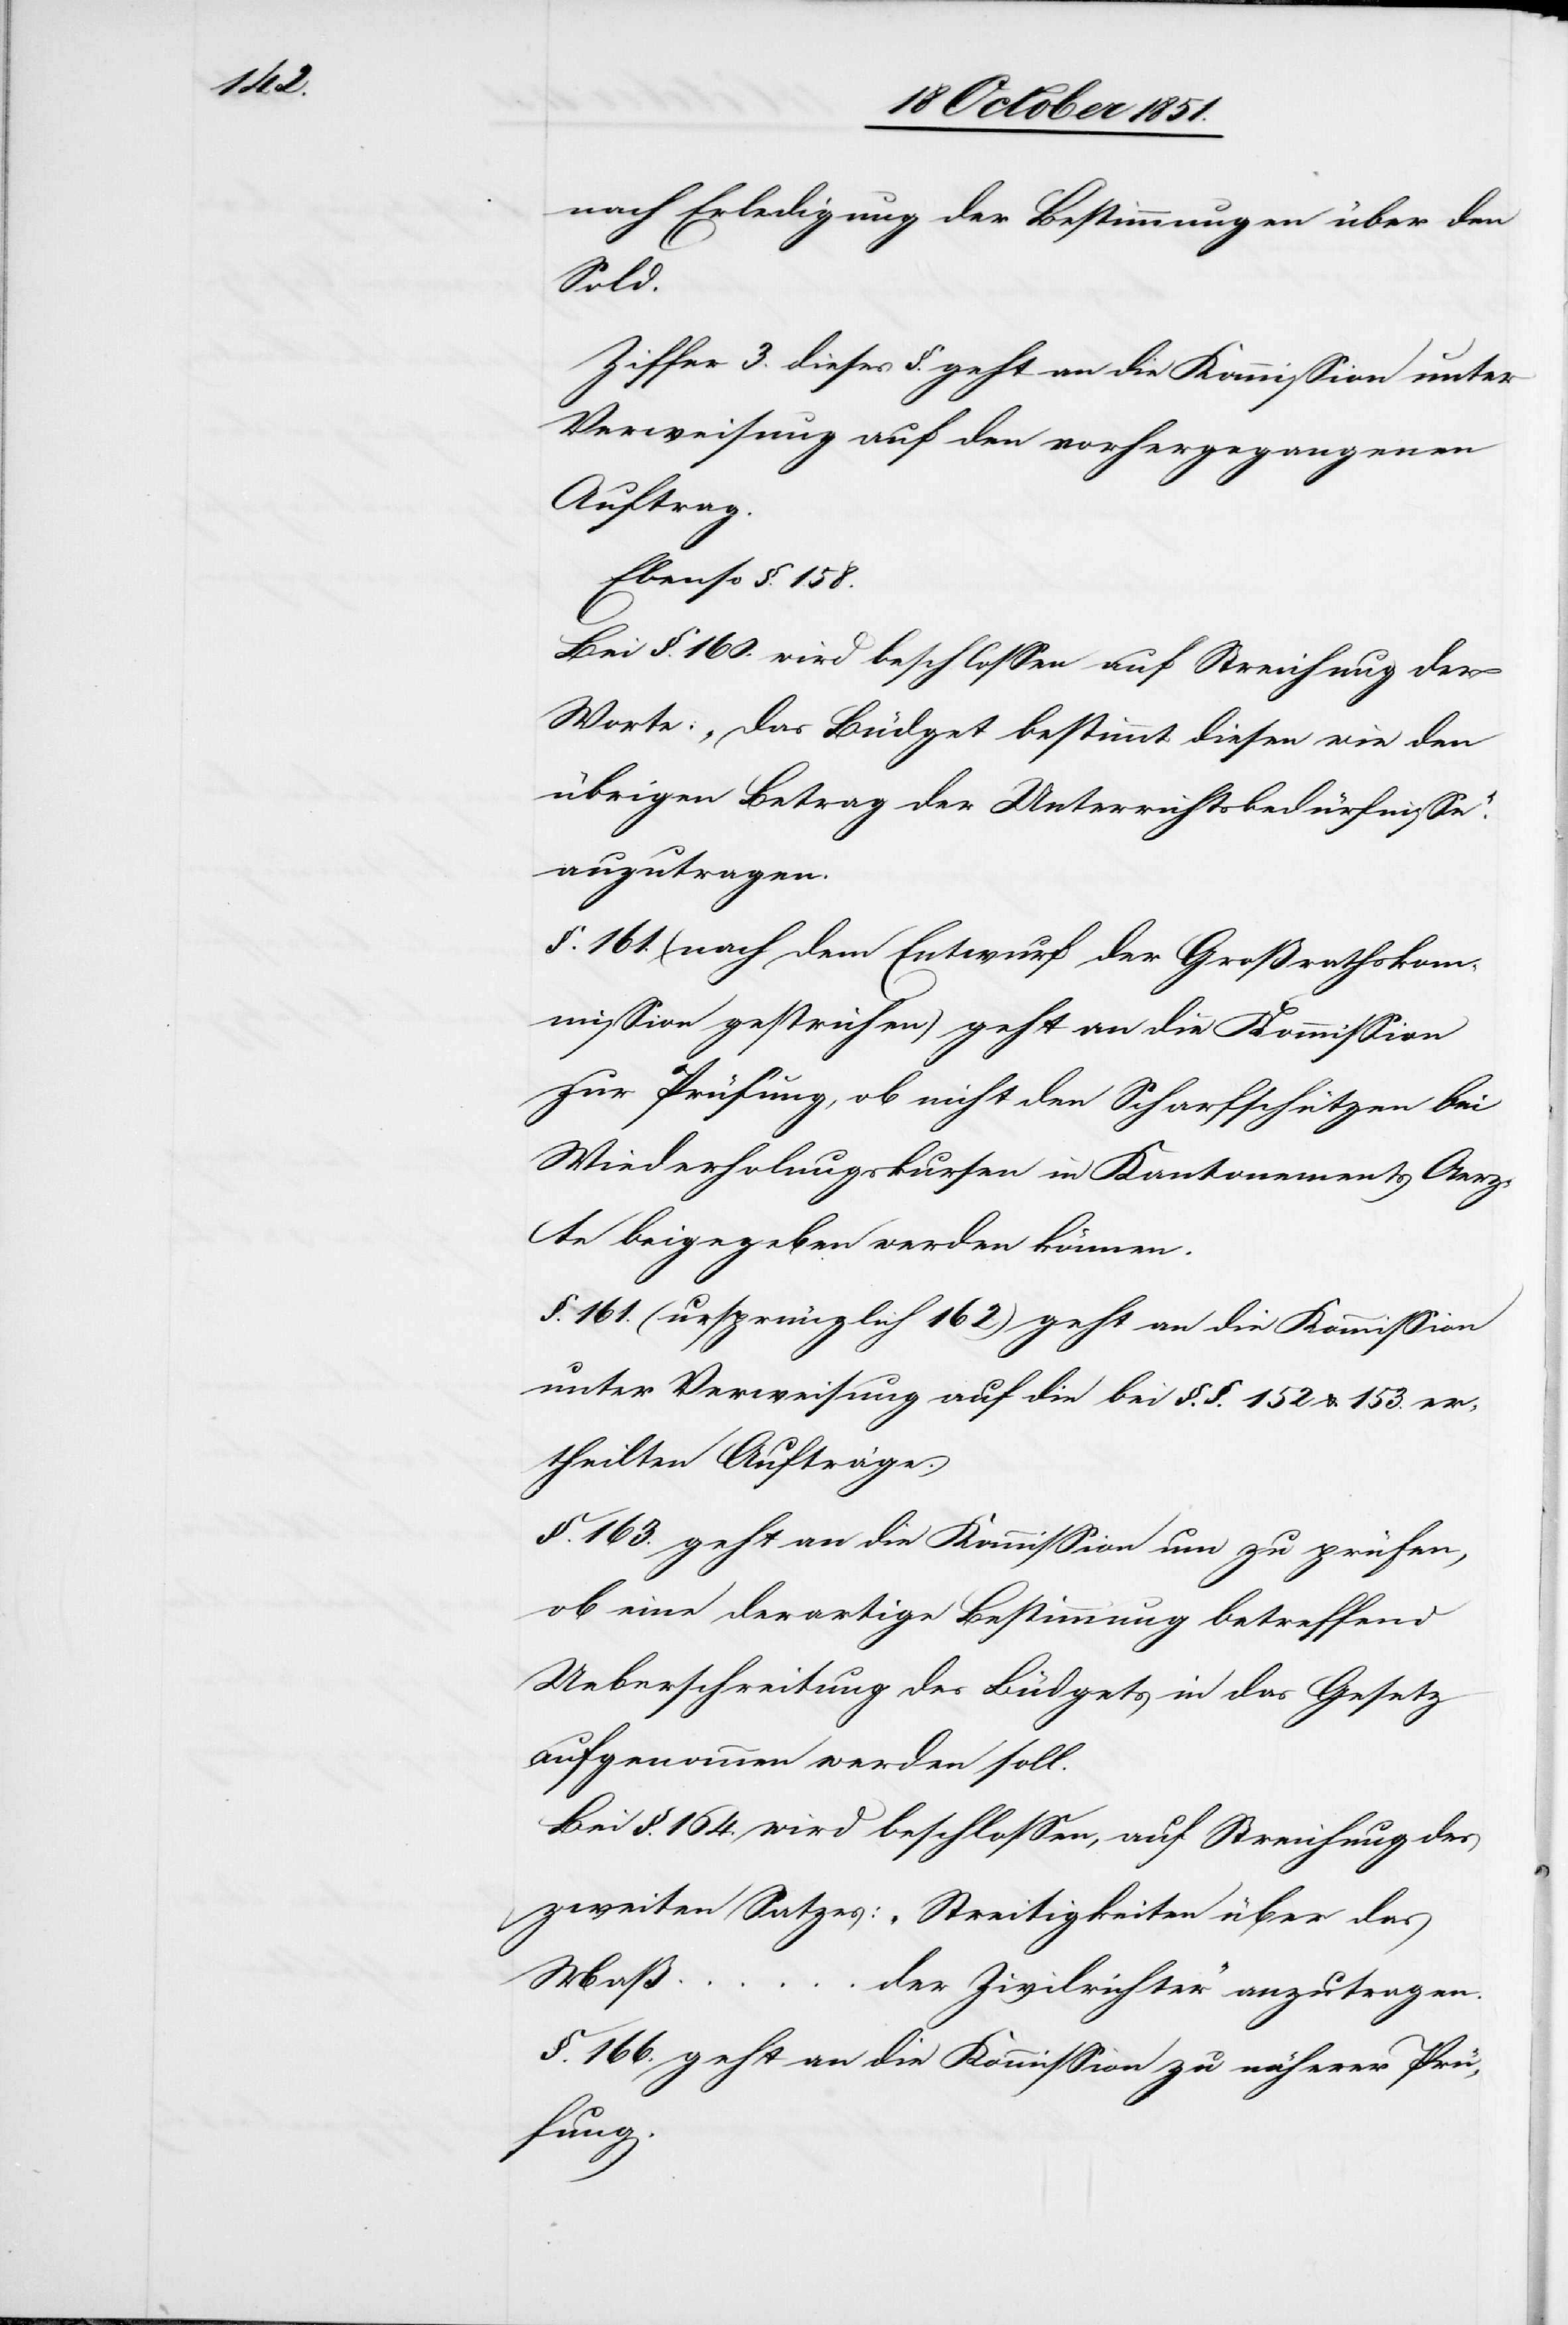
nach Erledigung der Bestimmungen über den
[recte:
Ziffer 3. dieses §. geht an die Kommission unter
Verweisung auf den vorhergegangenen
Auftrag.
Ebenso §. 158.
Bei §. 160. wird beschlossen auf Streichung der
Worte: „Das Büdget bestimmt diesen wie den
übrigen Betrag der Unterrichtsbedürfnisse.“
anzutragen].
§. 161. (nach dem Entwurf der Großrathskom¬
mission gestrichen) geht an die Kommission
zur Prüfung, ob nicht den Scharfschützen bei
Wiederholungskursen in Kantonements Aerz¬
te beigegeben werden können.
§. 161. (ursprünglich 162) geht an die Kommission
unter Verweisung auf die bei §. §. 152 & 153. er¬
theilten Aufträge.
§. 163. geht an die Kommission um zu prüfen,
ob eine derartige Bestimmung betreffend
Ueberschreitung des Büdgets in das Gesetz
aufgenommen werden soll.
Bei §. 164. wird beschlossen, auf Streichung des
zweiten Satzes: „Streitigkeiten über das
Maß …
der Zivilrichter“ anzutragen.
§. 166. geht an die Kommission zu näherer Prü¬
fung.